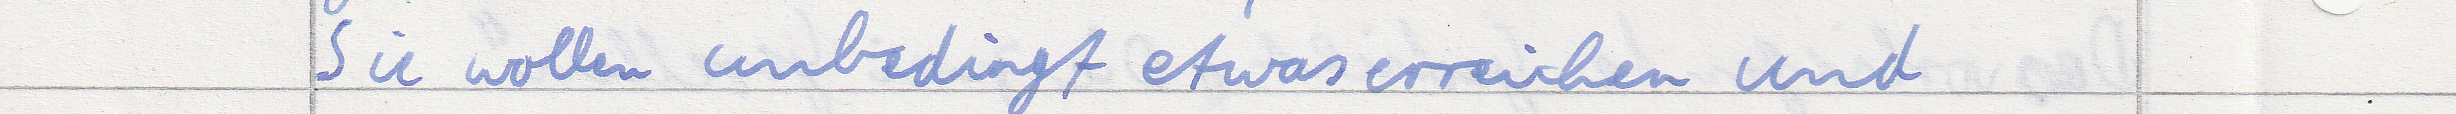
Sie wollen unbedingt etwas erreichen und